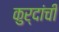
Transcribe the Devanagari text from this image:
कुर्दांची